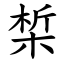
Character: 椞